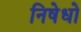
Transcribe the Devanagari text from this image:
निषेधो